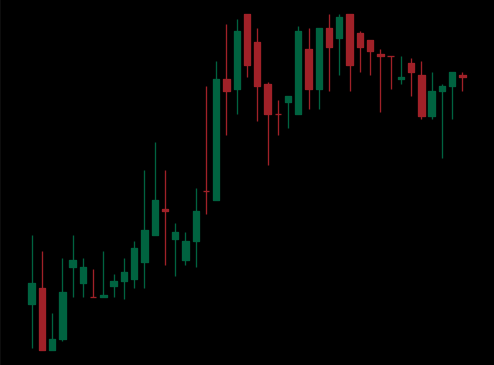
Pattern: bear_flag